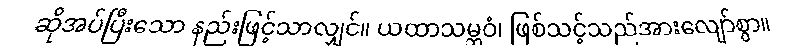
ဆိုအပ်ပြီးသော နည်းဖြင့်သာလျှင်။ ယထာသမ္ဘဝံ၊ ဖြစ်သင့်သည်အားလျော်စွာ။